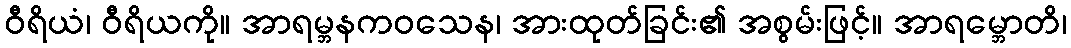
ဝီရိယံ၊ ဝီရိယကို။ အာရမ္ဘနကဝသေန၊ အားထုတ်ခြင်း၏ အစွမ်းဖြင့်။ အာရမ္ဘောတိ၊